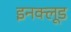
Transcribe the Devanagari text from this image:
इनक्लूड